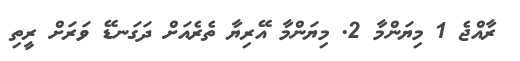
ރާއްޖެ 1 މިޔަންމާ 2. މިޔަންމާ އޭރިޔާ ތެރެއަށް ދަގަނޑޭ ވަރަށް ރީތި